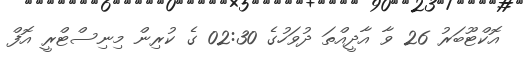
އޮކްޓޫބަރު 26 ވާ އާދީއްތަ ދުވަހުގެ 02:30 ގެ ކުރިން މިނިސްޓްރީ އޮފް